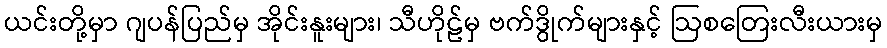
ယင်းတို့မှာ ဂျပန်ပြည်မှ အိုင်းနူးများ၊ သီဟိုဠ်မှ ဗက်ဒွိုက်များနှင့် ဩစတြေးလီးယားမှ